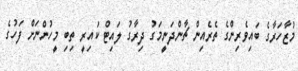
މުޒާހަރާގެ ބައިވެރިންގެ ތެރެއިން ޗާންދަނީމަގު ދިރާގު ލައިޓް ކައިރީ ތިބި މީހުންނަަށް ފަހުގެ